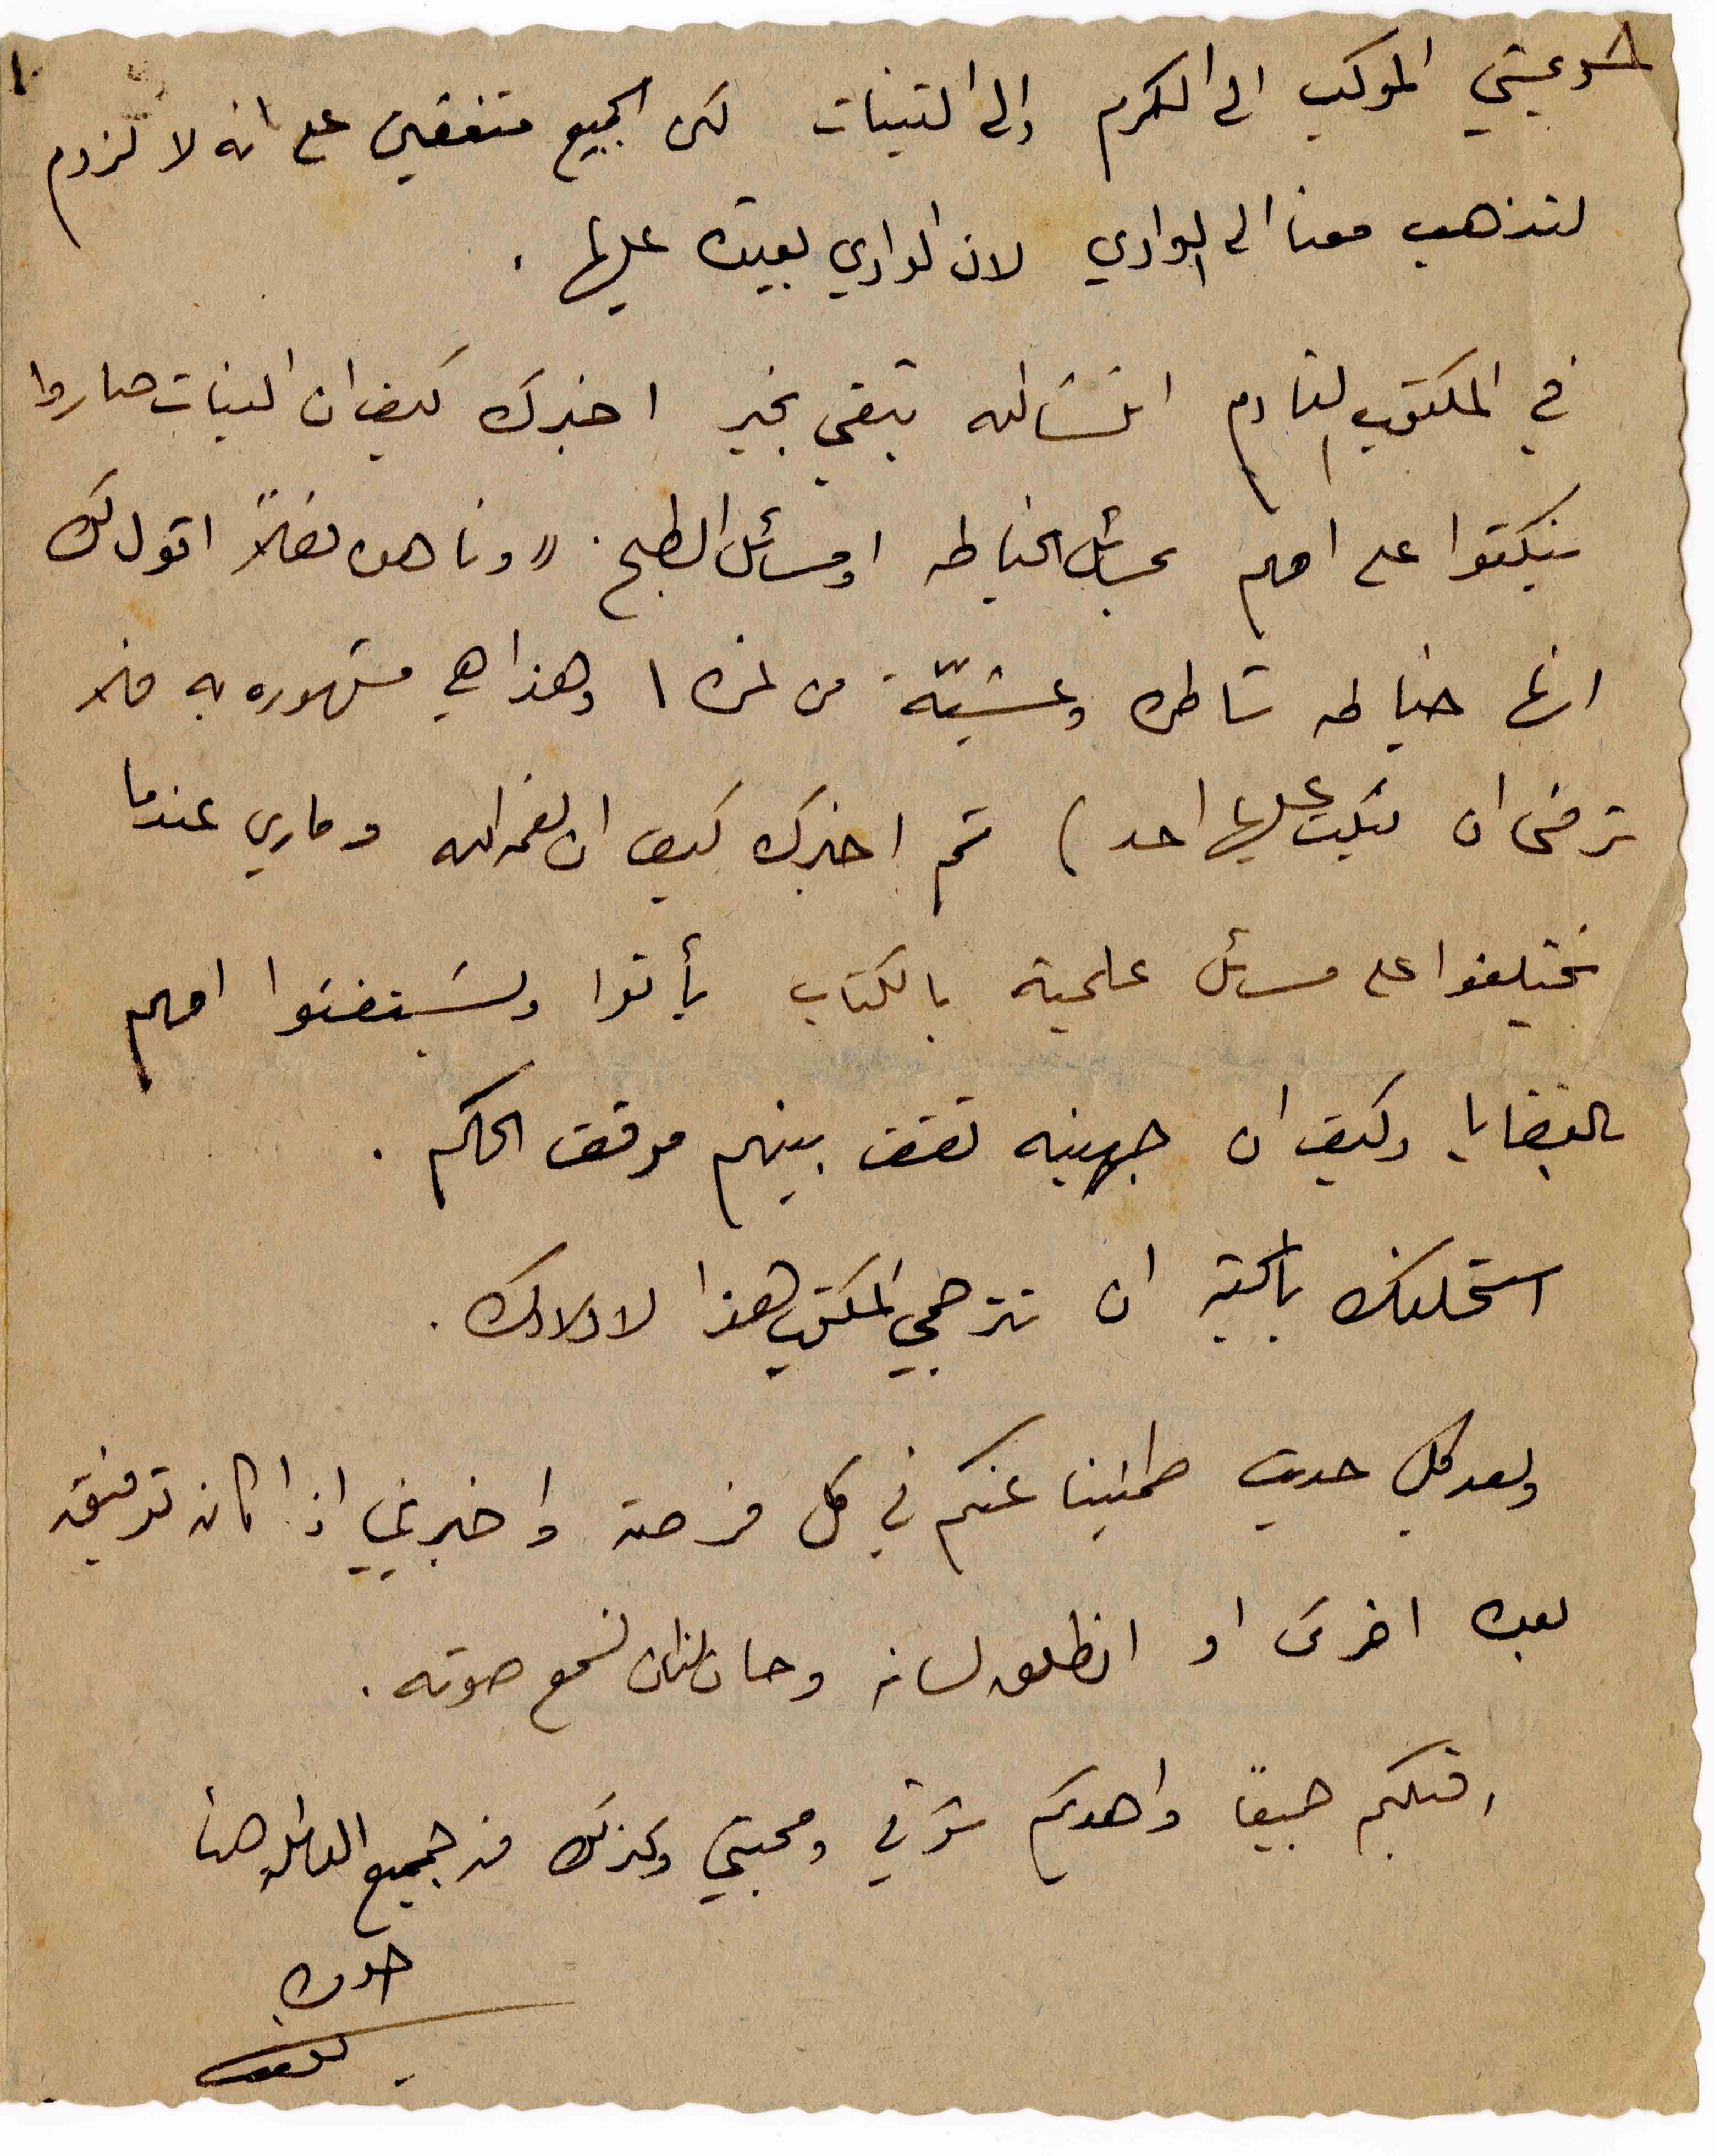
٨
دعيتي الموكب الى الكرم والى التينات لكن الجميع متفقين على انه لا لزوم
لتذهب معنا الى الوادي لان الوادي بعيده عليها.
في المكتوب القادم انشالله تبقي بخير اخبرك كيف ان البنات صاروا
ينكتوا على امهم بمسائل الخياطه او مسائل الطبخ "وناهده فعلاً اقول لك
انها خياطه شاطره وعشيّة من نمره ١ وهذا هي مشهوره به فلا
ترضى ان ينكت عليها احد) ثم اخبرك كيف ان نعمه الله وماري عندما
يختلفوا على مسائل علمية بالكتاب يأتوا ويستفتوا امهم
بالقضايا وكيف ان جهينه تقف بينهم موقف الحكم.
استحلفك بالكتير ان تترجمي المكتوب هذا لاولادك.
وبعد كل حديث طمنينا عنكم في كل فرصة واخبريني اذا كان توفيق
بعده اخرس او انطلق لسانه وحان الزمن لنسمع صوته.
اقبلكم جميعاً واهديكم شوقي ومحبتي وكذلك من جميع الناس هنا
خوك.